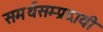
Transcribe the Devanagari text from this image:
समर्थसम्प्रदायी